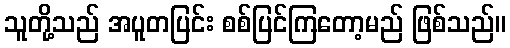
သူတို့သည် အပူတပြင်း စစ်ပြင်ကြတော့မည် ဖြစ်သည်။